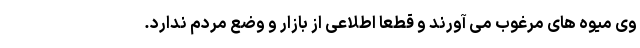
وی میوه های مرغوب می آورند و قطعا اطلاعی از بازار و وضع مردم ندارد.